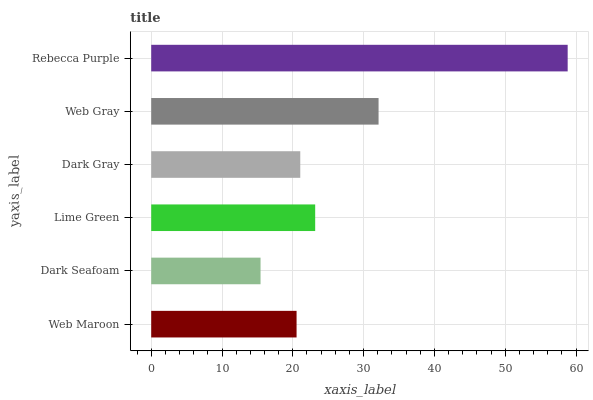
| yaxis_label | bars |
 | --- | --- |
 | Web Maroon | 20.5 |
 | Dark Seafoam | 15.4 |
 | Lime Green | 23.2 |
 | Dark Gray | 21.1 |
 | Web Gray | 32.1 |
 | Rebecca Purple | 58.8 |